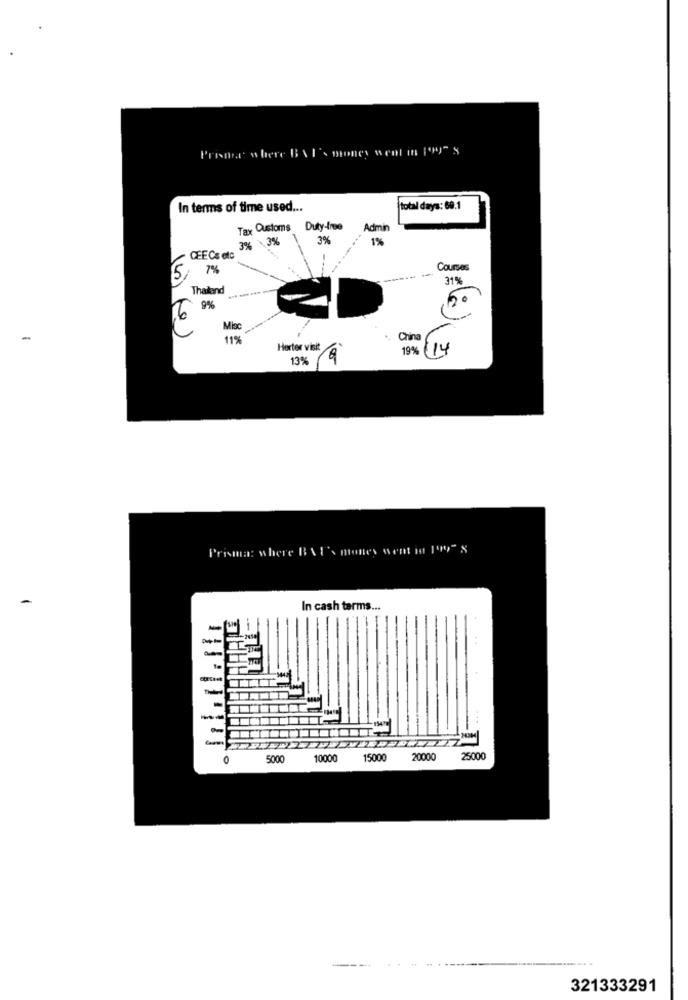
Prima' where BVI's money went in ["y" s
In terms of time used ...
total days: 69.1
Tax Customs Duty-Ime
Admin
3%
3%
1%
3%
CEECs etc
5
-----
Courses
31%
Thatend
9%
Mioc
-
11%
Herter visit
19%
(14
13%
9
Prisma: where BAI's mones went in 199" x
In cash terms ...
-
-
-
5000
10000
15000
20000
25000
321333291